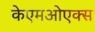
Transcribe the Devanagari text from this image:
केएमओएक्स